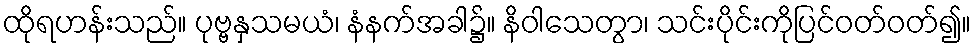
ထိုရဟန်းသည်။ ပုဗ္ဗနှသမယံ၊ နံနက်အခါ၌။ နိဝါသေတွာ၊ သင်းပိုင်းကိုပြင်ဝတ်ဝတ်၍။